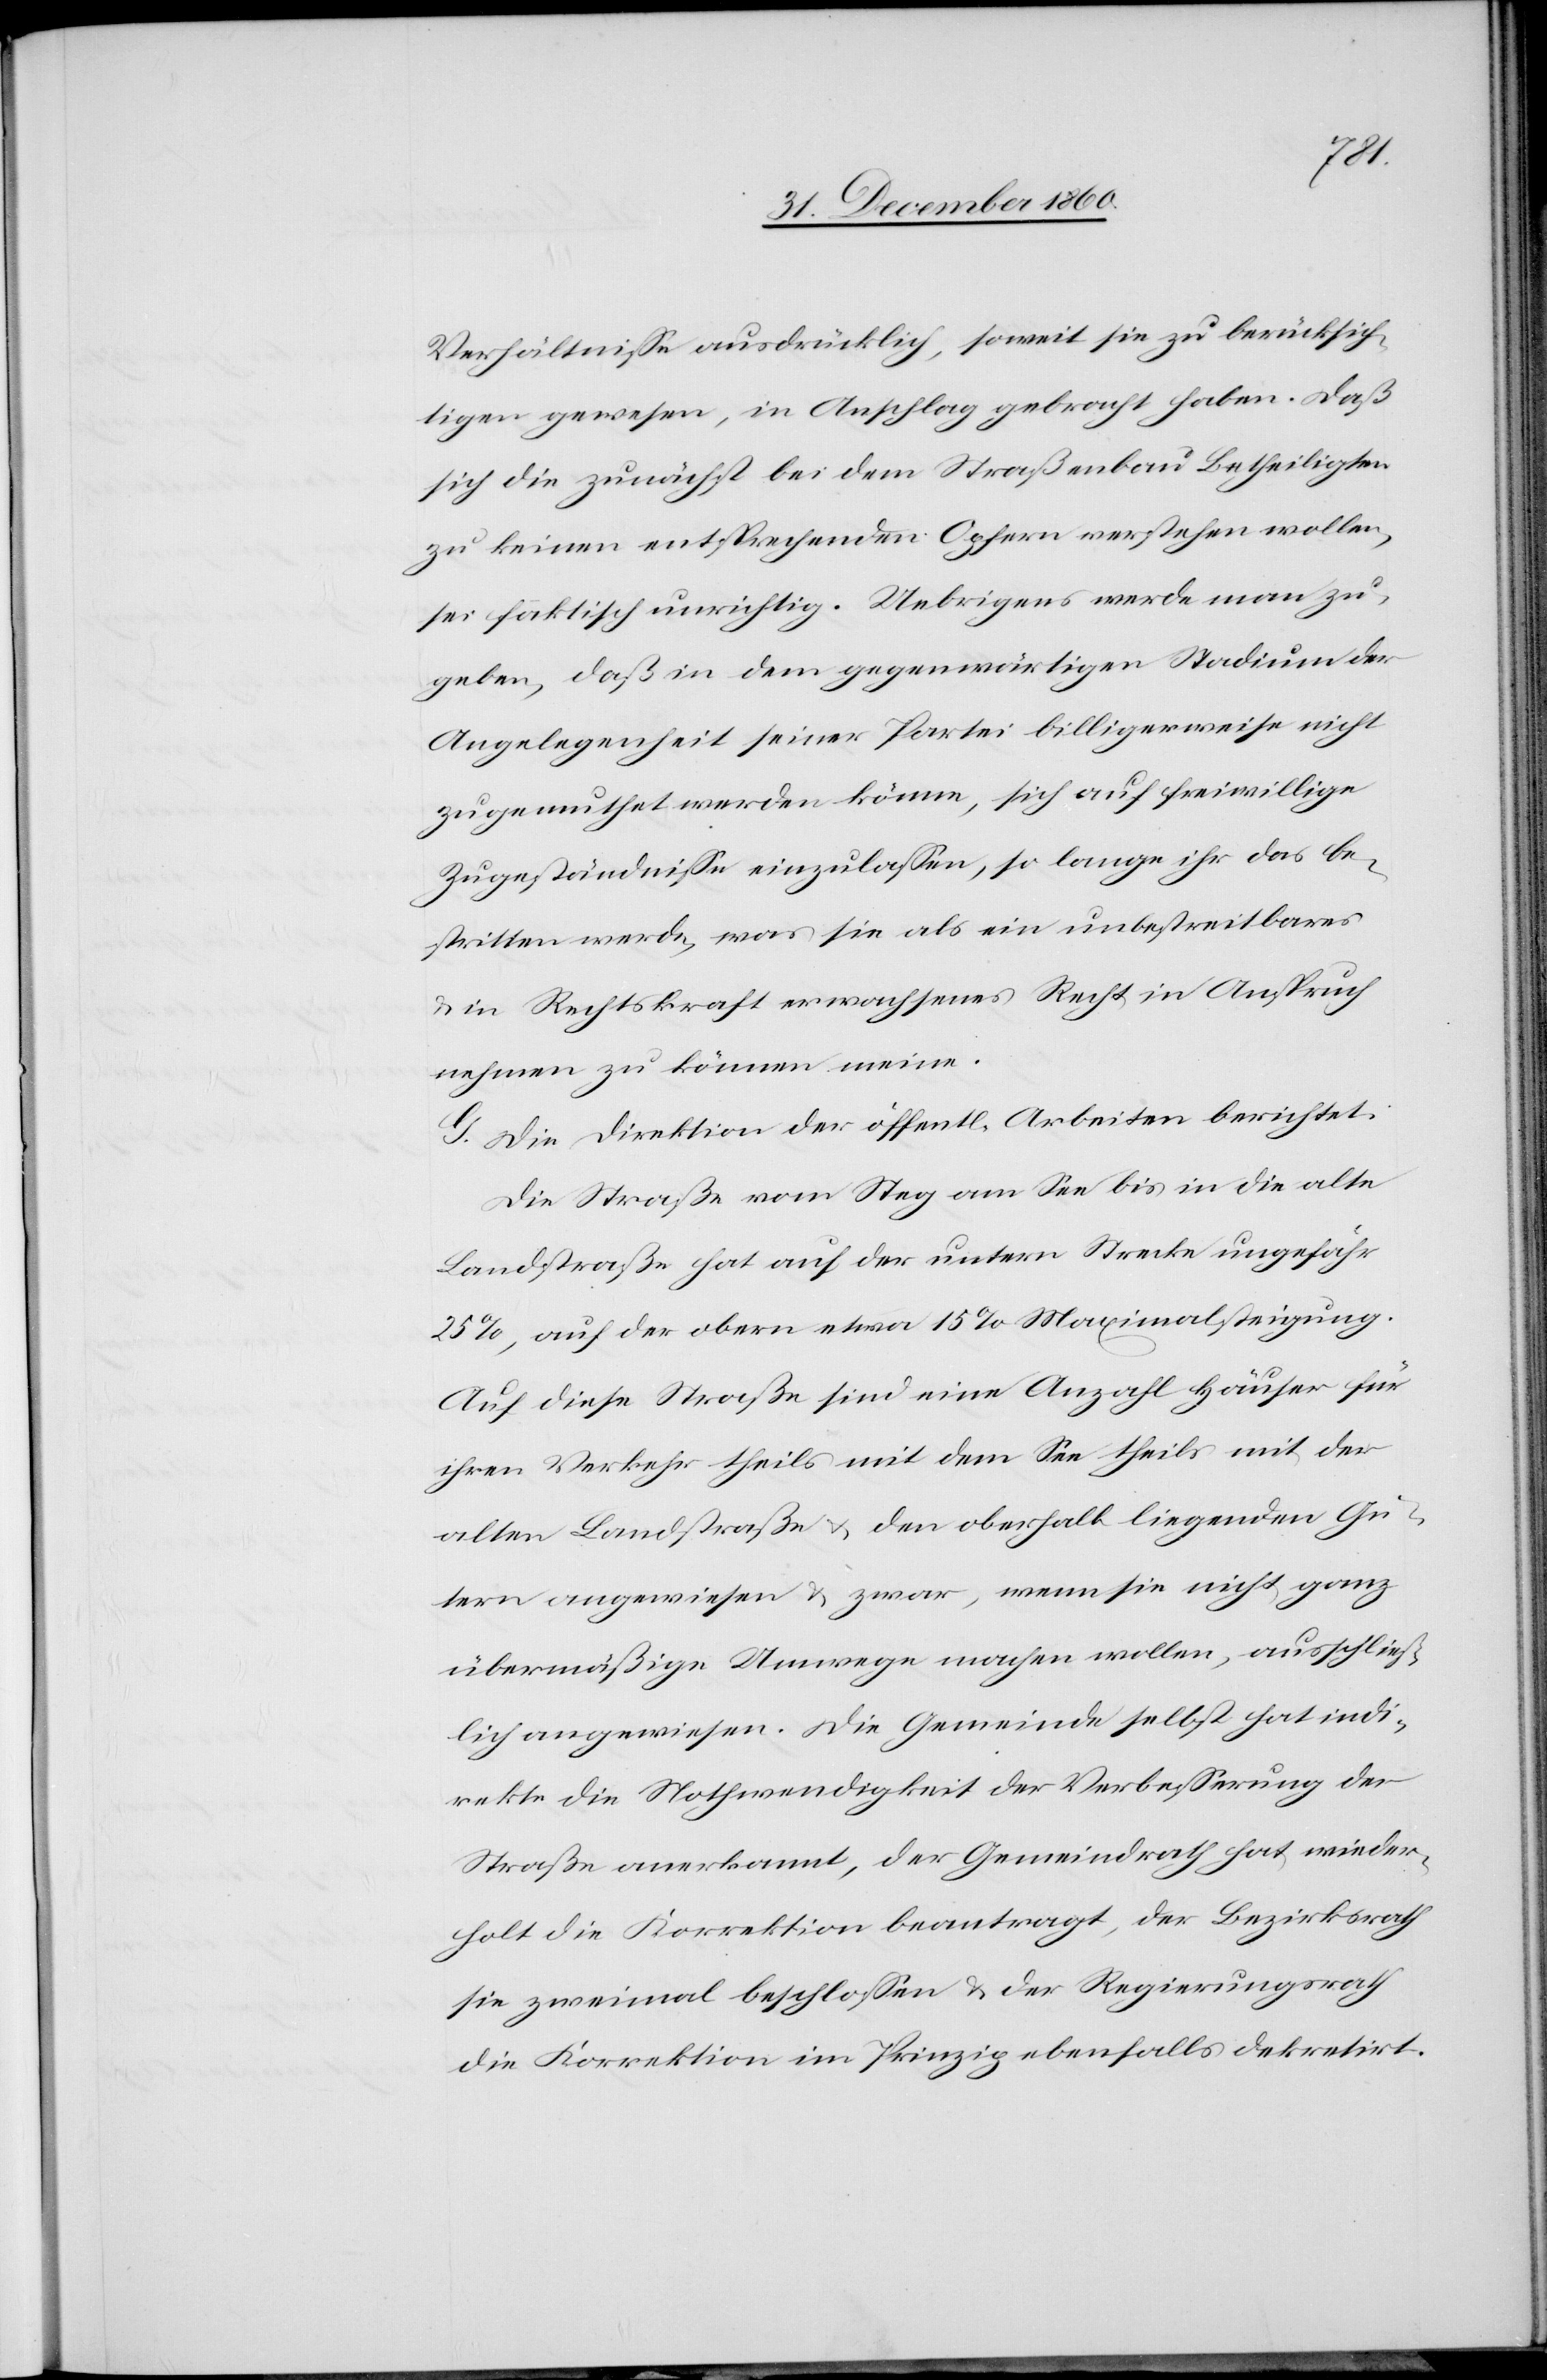
Verhältnisse ausdrücklich, soweit sie zu berücksich¬
tigen gewesen, in Anschlag gebracht haben. Daß
sich die zunähst bei dem Straßenbau Betheiligten
zu keinen entsprechenden Opfern verstehen wollen,
sei faktisch urnichtig. Uebrigens werde man zu¬
geben, daß in dem gegenwärtigen Stadium der
Angelegenheit seiner Partei billigerweise nicht
zugemuthet werden könne, sich auf freiwillige
Zugeständnisse einzulassen, so lange ihr das be¬
stritten werde, was sie als ein unbestreitbares
in Rechtskraft erwachsenes Recht in Anspruch
nehmen zu können meine.
G. Die Direktion der öffentl. Arbeiten berichtet:
Die Straße vom Steg am See bis in die alte
Landstraße hat auf der untern Strecke ungefähr
25%, auf der obern etwa 15% Maximalsteigung.
Auf diese Straße sind eine Anzahl Häuser für
ihren Verkehr theils mit dem See theils mit der
alten Landstraße u. den oberhalb liegenden Gü¬
tern angewiesen u. zwar, wenn sie nicht ganz
übermäßige Umwege machen wollen, ausschließ¬
lich angewiesen. Die Gemeinde selbst hat indi¬
rekte die Nothwendigkeit der Verbesserung der
Straße anerkannt, der Gemeindrath hat wieder¬
holt die Korrektion beantragt, der Bezirksrath
sie zweimal beschlossen u. der Regierungsrath
die Korrektion im Prinzip ebenfalls dekretirt.